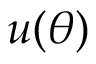
u ( \boldsymbol { \theta } )